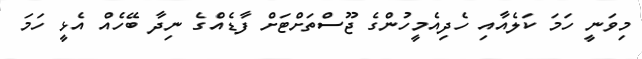
މިވަނީ ހަމަ ކަލެއާއި ހެދިއެމީހުންގެ ޖޫސްތަށްޓަށް ފާޑެއްްގެ ނިދާ ބޭހެއް އެޅީ ހަމަ